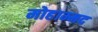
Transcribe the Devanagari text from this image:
मोहाम्मद